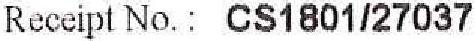
RECEIPT NO. : CS1801/27037